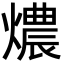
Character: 燶